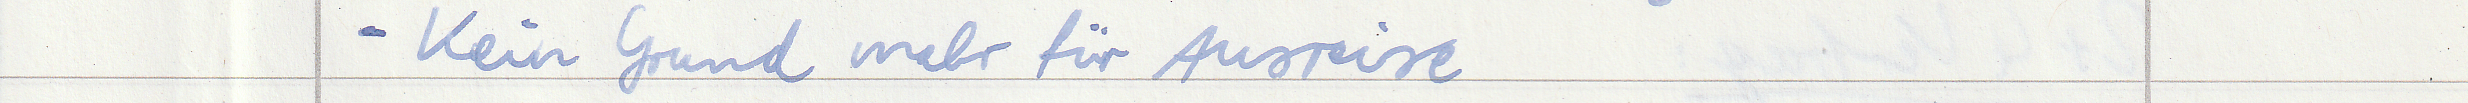
- Kein Grund mehr für Ausreise